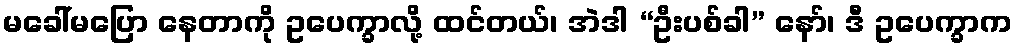
မခေါ်မပြော နေတာကို ဥပေက္ခာလို့ ထင်တယ်၊ အဲဒါ “ဦးပစ်ခါ” နော်၊ ဒီ ဥပေက္ခာက